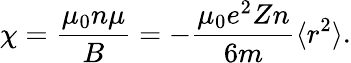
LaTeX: \chi={\frac{\mu_{0}n\mu}{B}}=-{\frac{\mu_{0}e^{2}Zn}{6m}}\langle r^{2}\rangle.